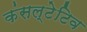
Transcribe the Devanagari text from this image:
कंसल्टेटिव